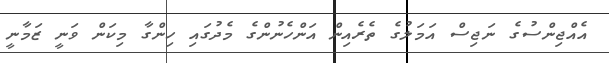
އެއްޖިންސުގެ ނަޖިސް އަމަލުގެ ތެރެއިން އަންހެނުންގެ މެދުގައި ހިންގާ މިކަން ވަނީ ޒަމާނީ